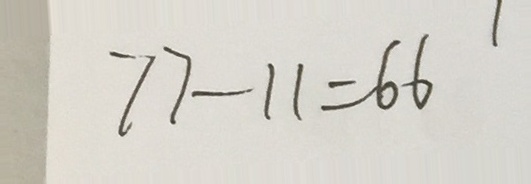
7 7 - 1 1 = 6 6